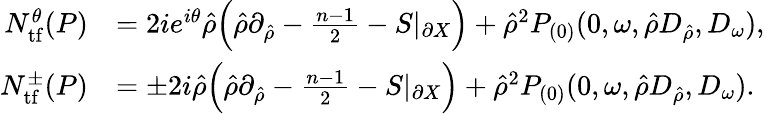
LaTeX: \begin{array}{rl}{N_{\mathrm{tf}}^{\theta}(P)}&{=2ie^{i\theta}\hat{\rho}\Bigl(\hat{\rho}\partial_{\hat{\rho}}-\frac{n-1}{2}-S|_{\partial X}\Bigr)+\hat{\rho}^{2}P_{(0)}(0,\omega,\hat{\rho}D_{\hat{\rho}},D_{\omega}),}\\ {N_{\mathrm{tf}}^{\pm}(P)}&{=\pm 2i\hat{\rho}\Bigl(\hat{\rho}\partial_{\hat{\rho}}-\frac{n-1}{2}-S|_{\partial X}\Bigr)+\hat{\rho}^{2}P_{(0)}(0,\omega,\hat{\rho}D_{\hat{\rho}},D_{\omega}).}\end{array}